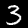
Label: 3